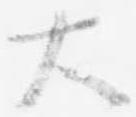
大